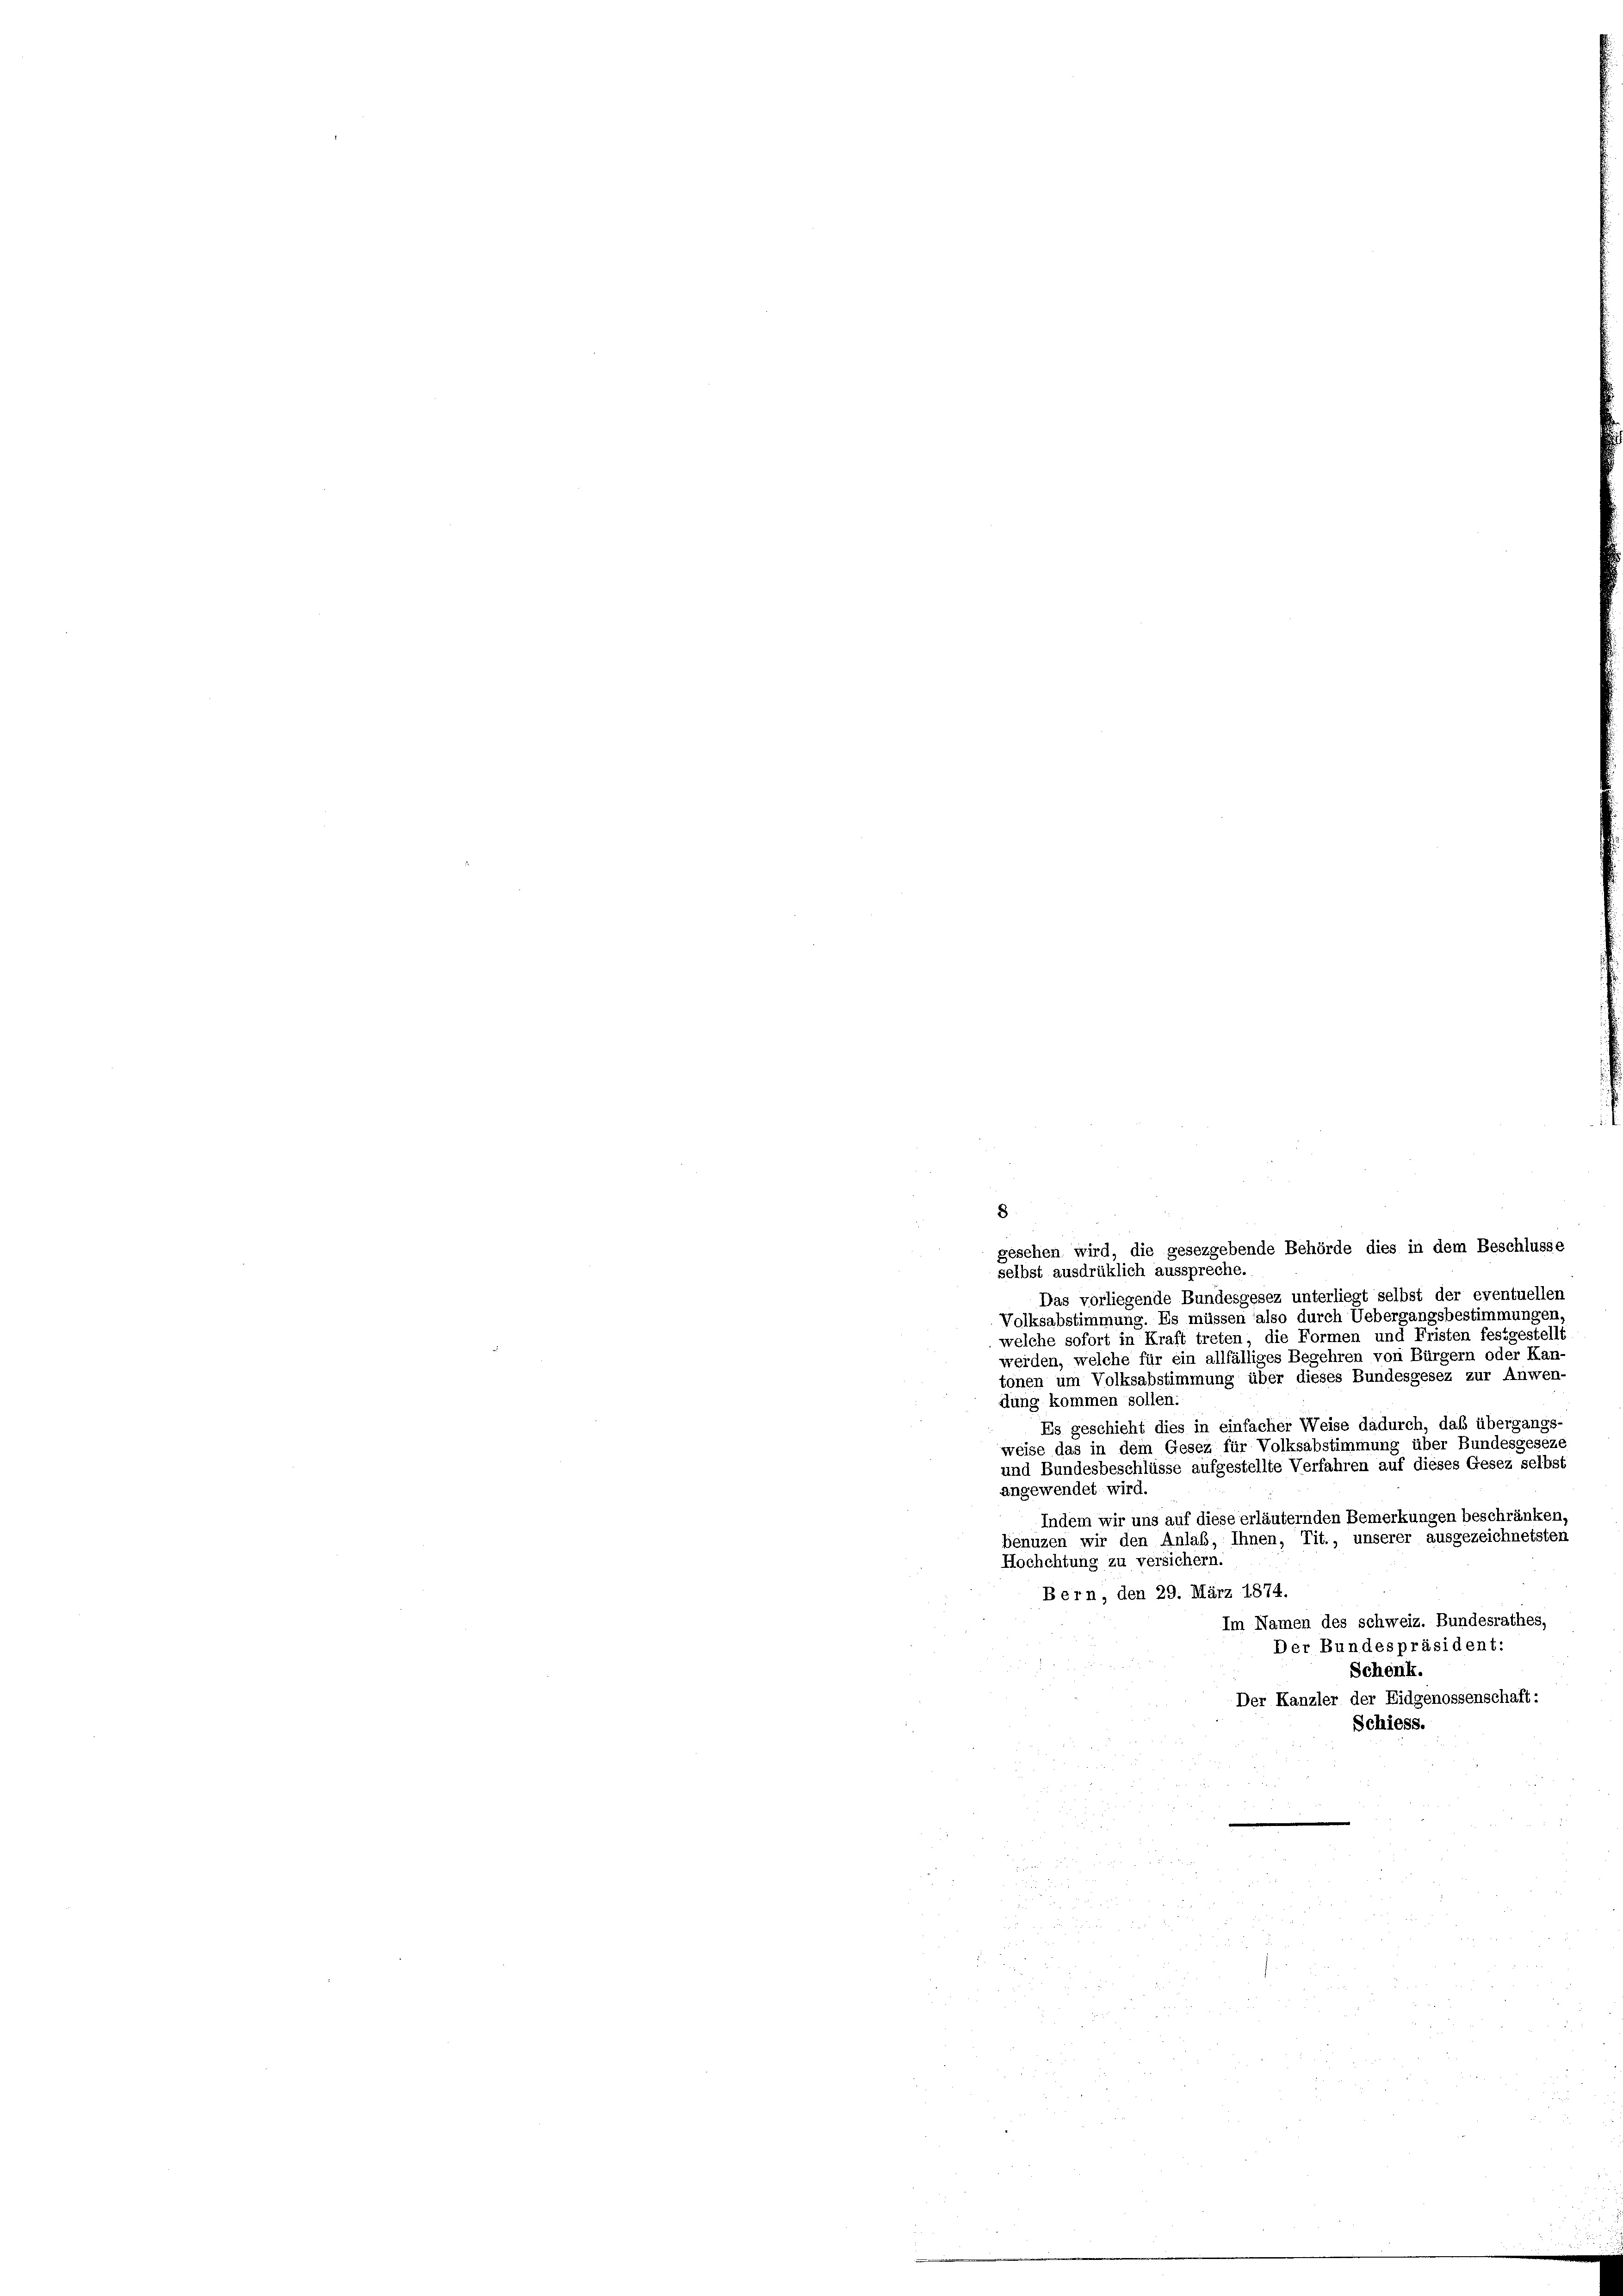
8
gesehen wird, die gesezgebende Behörde dies in dem Beschlusse
selbst ausdrüklich ausspreche.
Das vorliegende Bundesgesez unterliegt selbst der eventuellen
Volksabstimmung. Es müssen also durch Uebergangsbestimmungen
welche sofort in Kraft treten, die Formen und Fristen festgestellt
werden, welche für ein allfälliges Begehren von Bürgern oder Kan-
tönen um Volksabstimmung über dieses Bundesgesez zur Anwen-
dung kommen sollen.
Es geschieht dies in einfacher Weise dadurch, daß übergangs-
weise das in dem Gesez für Volksabstimmung über Bundesgeseze
und Bundesbeschlüsse aufgestellte Verfahren auf dieses Gesez selbst
angewendet wird.
Indem wir uns auf diese erläuternden Bemerkungen beschränken,
benuzen wir den Anlaß, Ihnen, Tit., unserer ausgezeichnetsten
Hochchtung zu versichern.
Bern, den 29. März 1874.
Im Namen des schweiz. Bundesrathes,
Der Bundespräsident:
Schenk.
Der Kanzler der Eidgenossenschaft:
Schiess.